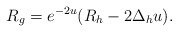
\begin{align*}R_g=e^{-2u}(R_h-2\Delta_h u).\end{align*}